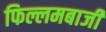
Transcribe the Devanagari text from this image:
फिल्लमबाजी